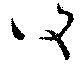
復